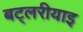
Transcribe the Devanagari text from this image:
बट्लरीयाइ